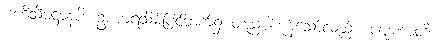
ဗဟိသီမဋ္ဌာနံပိ၊ ဥပစာရသိမ့်ပြင်ဘက်၌ တည်ပါကုန်သော်လည်း။ ပါပုဏာတိ၊